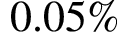
0 . 0 5 \%